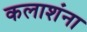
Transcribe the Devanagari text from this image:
कलाशंना